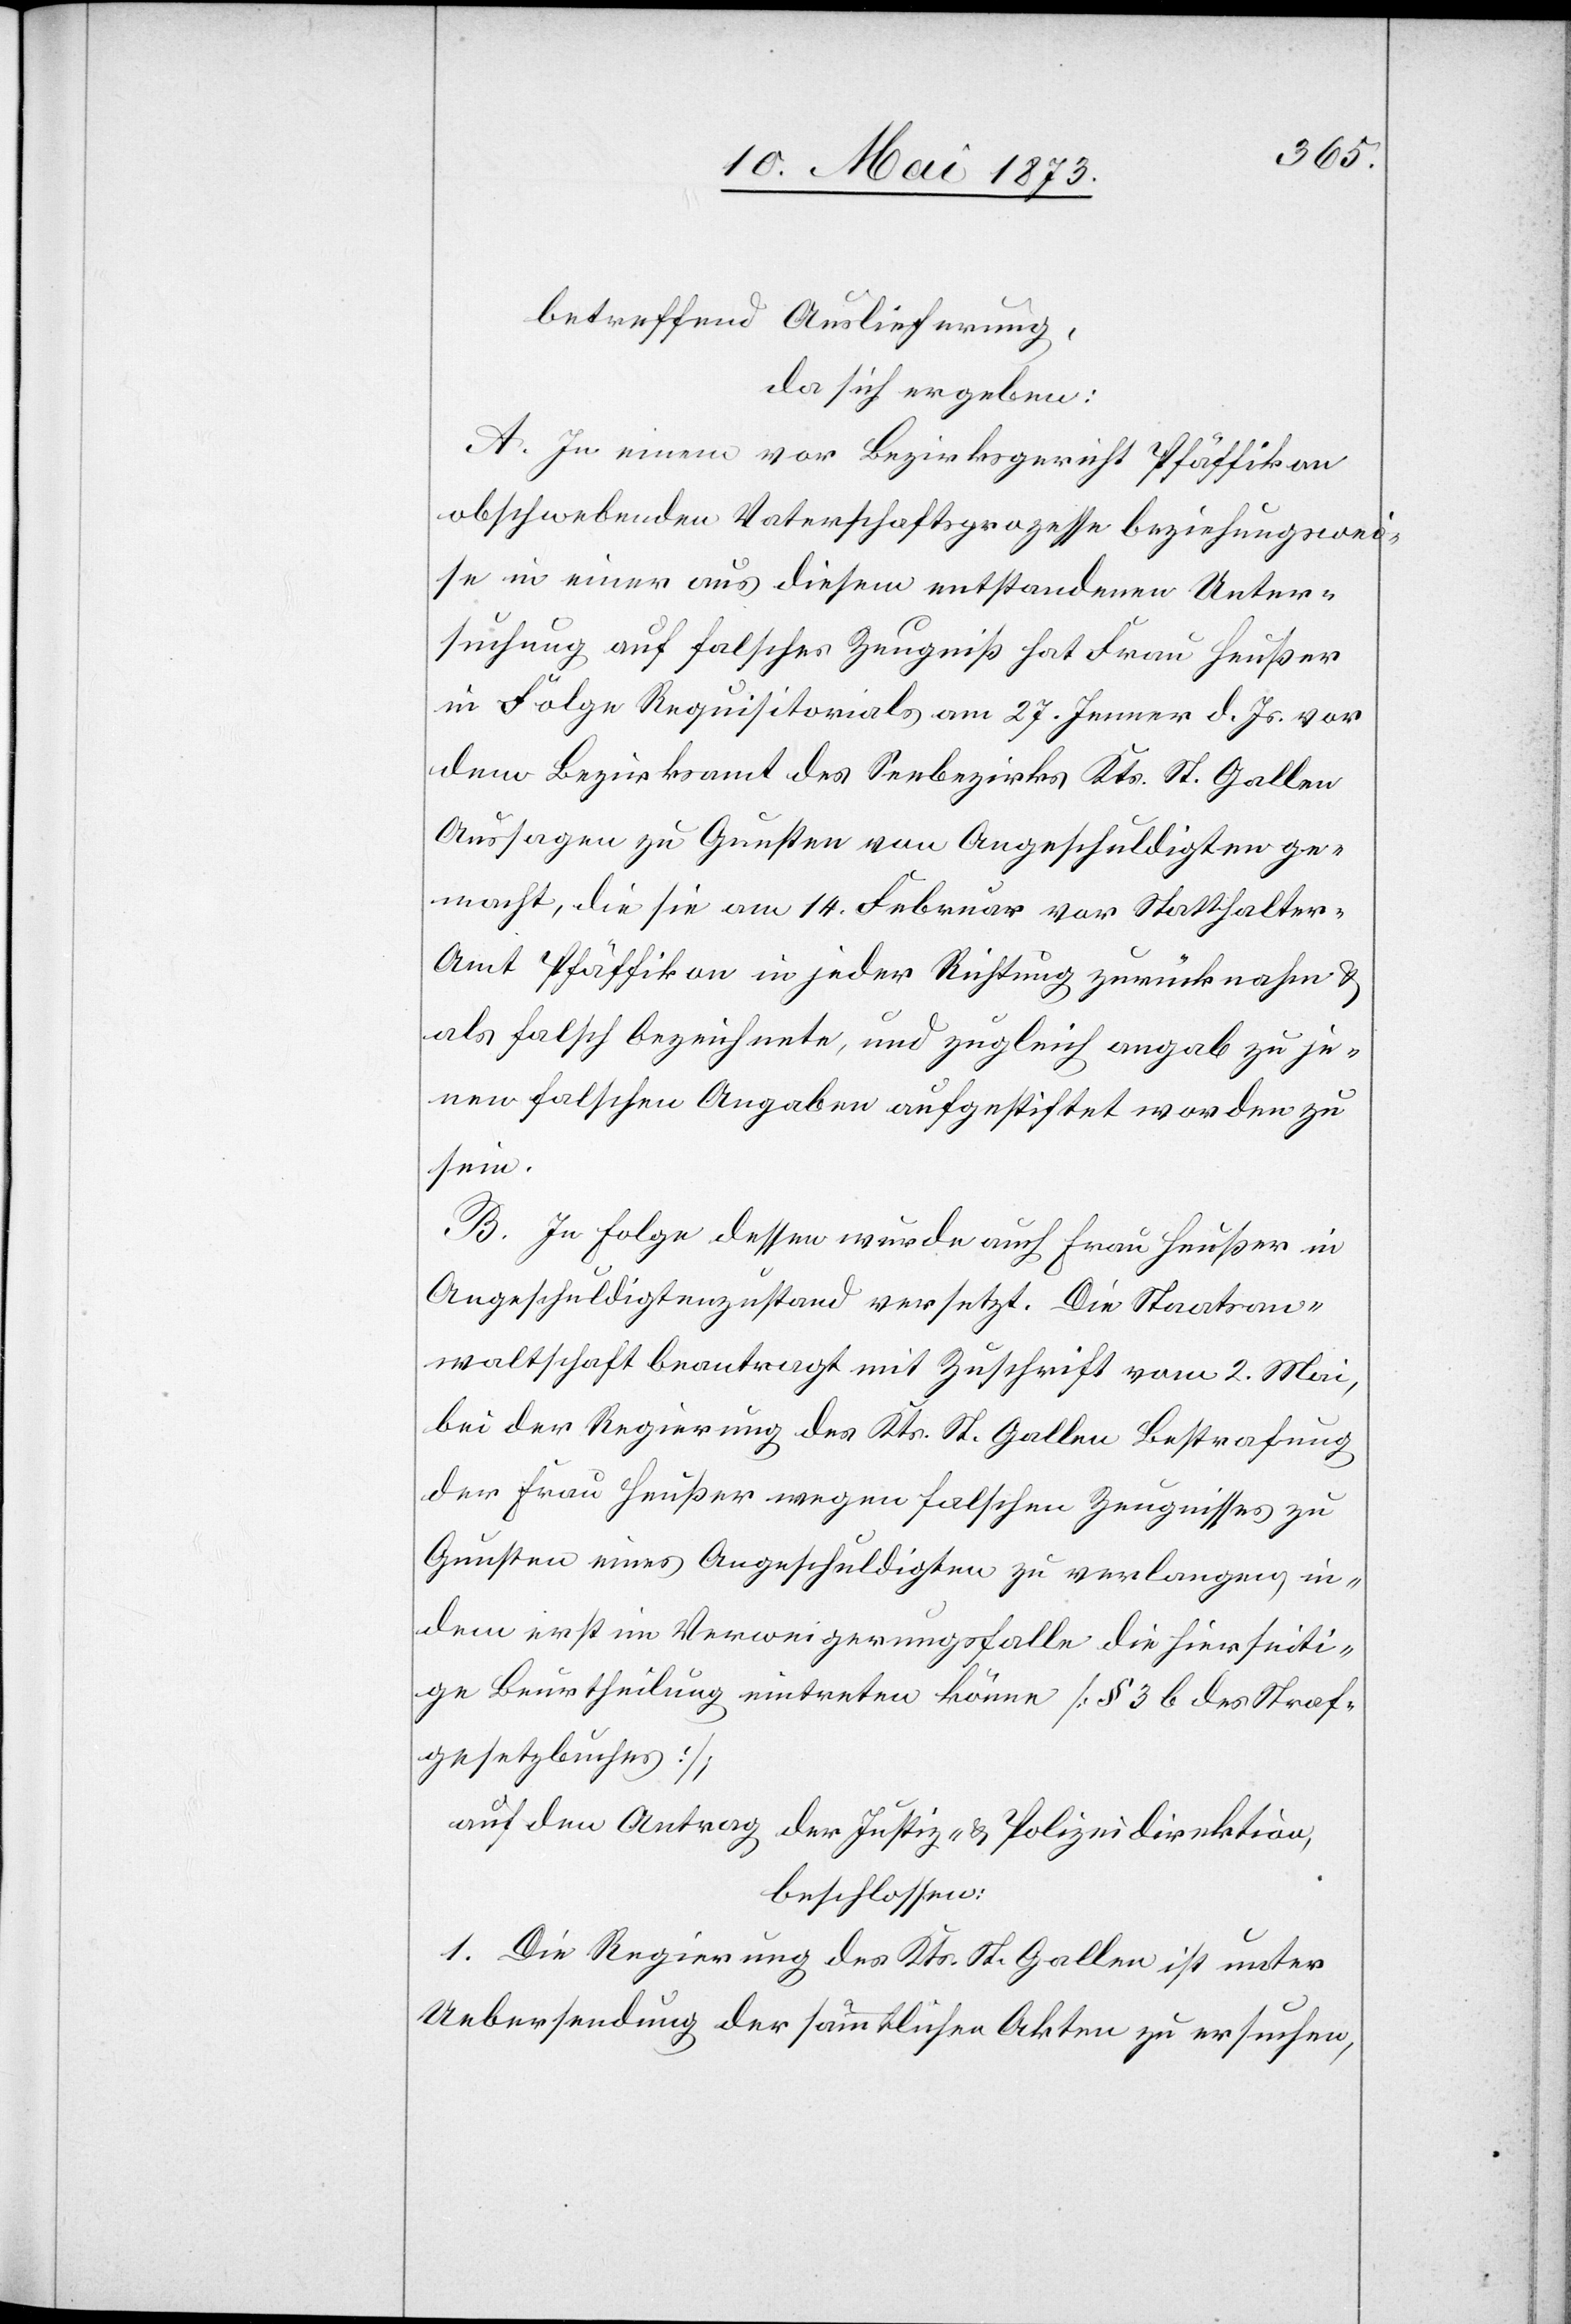
betreffend Auslieferung,
da sich ergeben:
A. In einem vor Bezirksgericht Pfäffikon
obschwebenden Vaterschaftsprozesse beziehungswei¬
se in einer aus diesem entstandenen Unter¬
suchung auf falsches Zeugniß hat Frau Heußer
in Folge Requisitorials am 27. Jenner d. Js. vor
dem Bezirksamt des Seebezirks Kts. St. Gallen
Aussagen zu Gunsten von Angeschuldigten ge¬
macht, die sie am 14. Februar vor Statthalter-A¬
mt Pfäffikon in jeder Richtung zurücknahm &
als falsch bezeichnete, und zugleich angab zu je¬
nen falschen Angaben aufgestiftet worden zu
sein.
B. In Folge dessen wurde auch Frau Heußer in
Angeschuldigtenzustand versetzt. Die Staatsan¬
waltschaft beantragt mit Zuschrift vom 2. Mai,
bei der Regierung des Kts. St. Gallen Bestrafung
der Frau Heußer wegen falschen Zeugnisses zu
Gunsten eines Angeschuldigten zu verlangen, in¬
dem erst im Verweigerungsfalle die hierseiti¬
ge Beurtheilung eintreten könne [§ 3 b des Straf¬
gesetzbuches];
auf den Antrag der Justiz- & Polizeidirektion,
beschlossen:
1. Die Regierung des Kts. St. Gallen ist unter
Uebersendung der sämmtlichen Akten zu ersuchen,